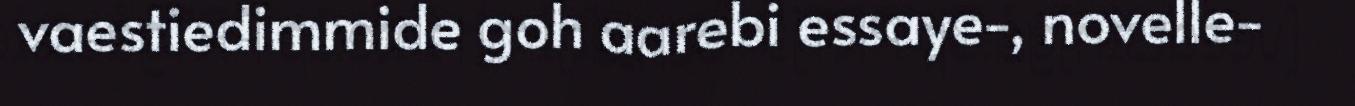
vaestiedimmide goh aarebi essaye‐, novelle‐